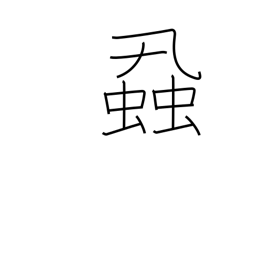
Meaning: vermin